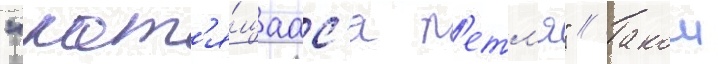
"кат'я́щаас'я п'етл'я" // Такои